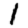
Digit: 1